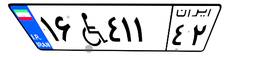
۲۴W۹۸۲۷۱